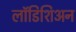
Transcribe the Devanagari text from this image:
लॉडिशिअन